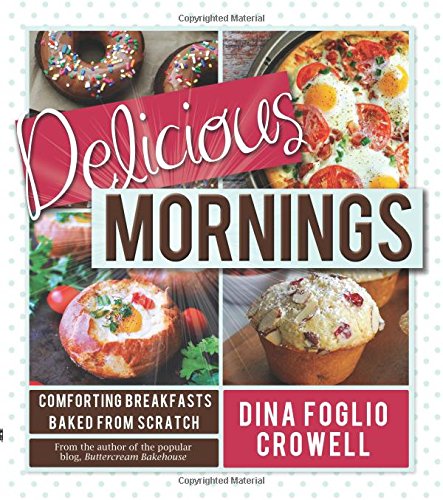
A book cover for Delicious Mornings: Comforting Breakfasts Baked from Scratch; Dina Foglio Crowell; Cookbooks, Food & Wine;